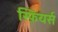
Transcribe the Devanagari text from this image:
स्फ़ियर्स